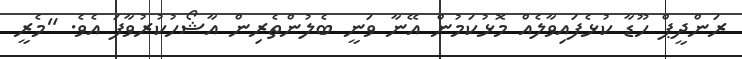
ރަންދީޕް ހޫޑާ ކުޅެފައިވާލެއް މޮޅުކަމުން އޭނާ ވަނީ ބެލުންތެރިން އާޝޯހުކުރުވާފަ އެވެ. "މެރީ